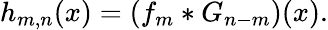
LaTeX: \begin{array}{r}{h_{m,n}(x)=(f_{m}*G_{n-m})(x).}\end{array}